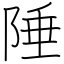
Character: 陲